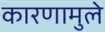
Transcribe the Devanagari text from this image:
कारणामुले